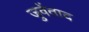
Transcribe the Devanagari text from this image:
जुवेंताद